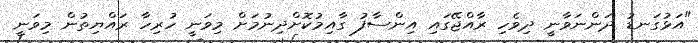
"އަޅުގަނޑު ދަންނަވާނީ ދިވެހި ރާއްޖޭގައި އިންސާފު ގާއިމުކޮށްދިނުމަށް މިވަނީ ހުރިހާ ރައްޔިތުން މިވަނީ